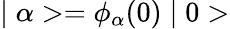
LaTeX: \mid\alpha>=\phi_{\alpha}(0)\mid 0>